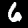
Digit: 6